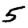
Digit: 5